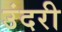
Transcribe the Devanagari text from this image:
उंदरी